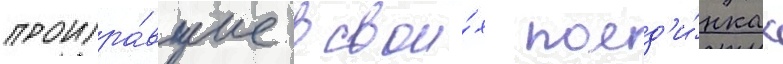
проигра́вшие в свои́х поед'и́нках